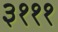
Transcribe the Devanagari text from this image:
३१११